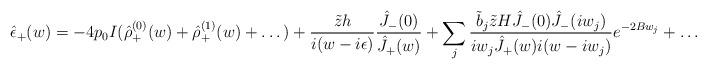
LaTeX: \begin{align*}\hat{\epsilon}_+(w)=-4p_0I(\hat{\rho}_+^{(0)}(w)+\hat{\rho}_+^{(1)}(w)+\dots)+\frac{\tilde{z}h}{i(w-i\epsilon)}\frac{\hat{J}_-(0)}{\hat{J}_+(w)}+\sum_j\frac{\tilde{b}_j\tilde{z}H\hat{J}_-(0)\hat{J}_-(iw_j)}{iw_j\hat{J}_+(w)i(w-iw_j)}e^{-2Bw_j}+\dots\end{align*}